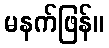
မနက်ဖြန်။